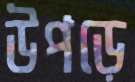
উপড়ে